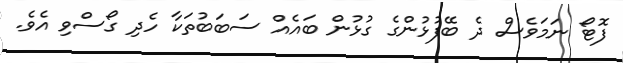
ފޮޓޯ ނަމަވެސް ދެ ބޭފުޅުންގެ ގުޅުން ބައެއް ސަބަބުތަކާ ހެދި ގޯސްވި އެވެ.